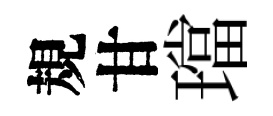
規甘璫